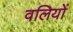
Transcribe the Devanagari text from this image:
वलियों